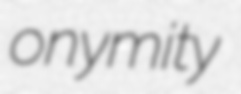
onymity